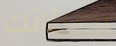
بامكانك